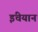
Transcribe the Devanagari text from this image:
इंचेयान